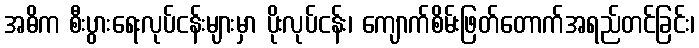
အဓိက စီးပွားရေးလုပ်ငန်းများမှာ ပိုးလုပ်ငန်း၊ ကျောက်စိမ်းဖြတ်တောက်အရည်တင်ခြင်း၊